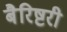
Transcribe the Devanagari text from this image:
बैरिष्टरी